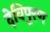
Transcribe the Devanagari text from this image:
देविपुरण